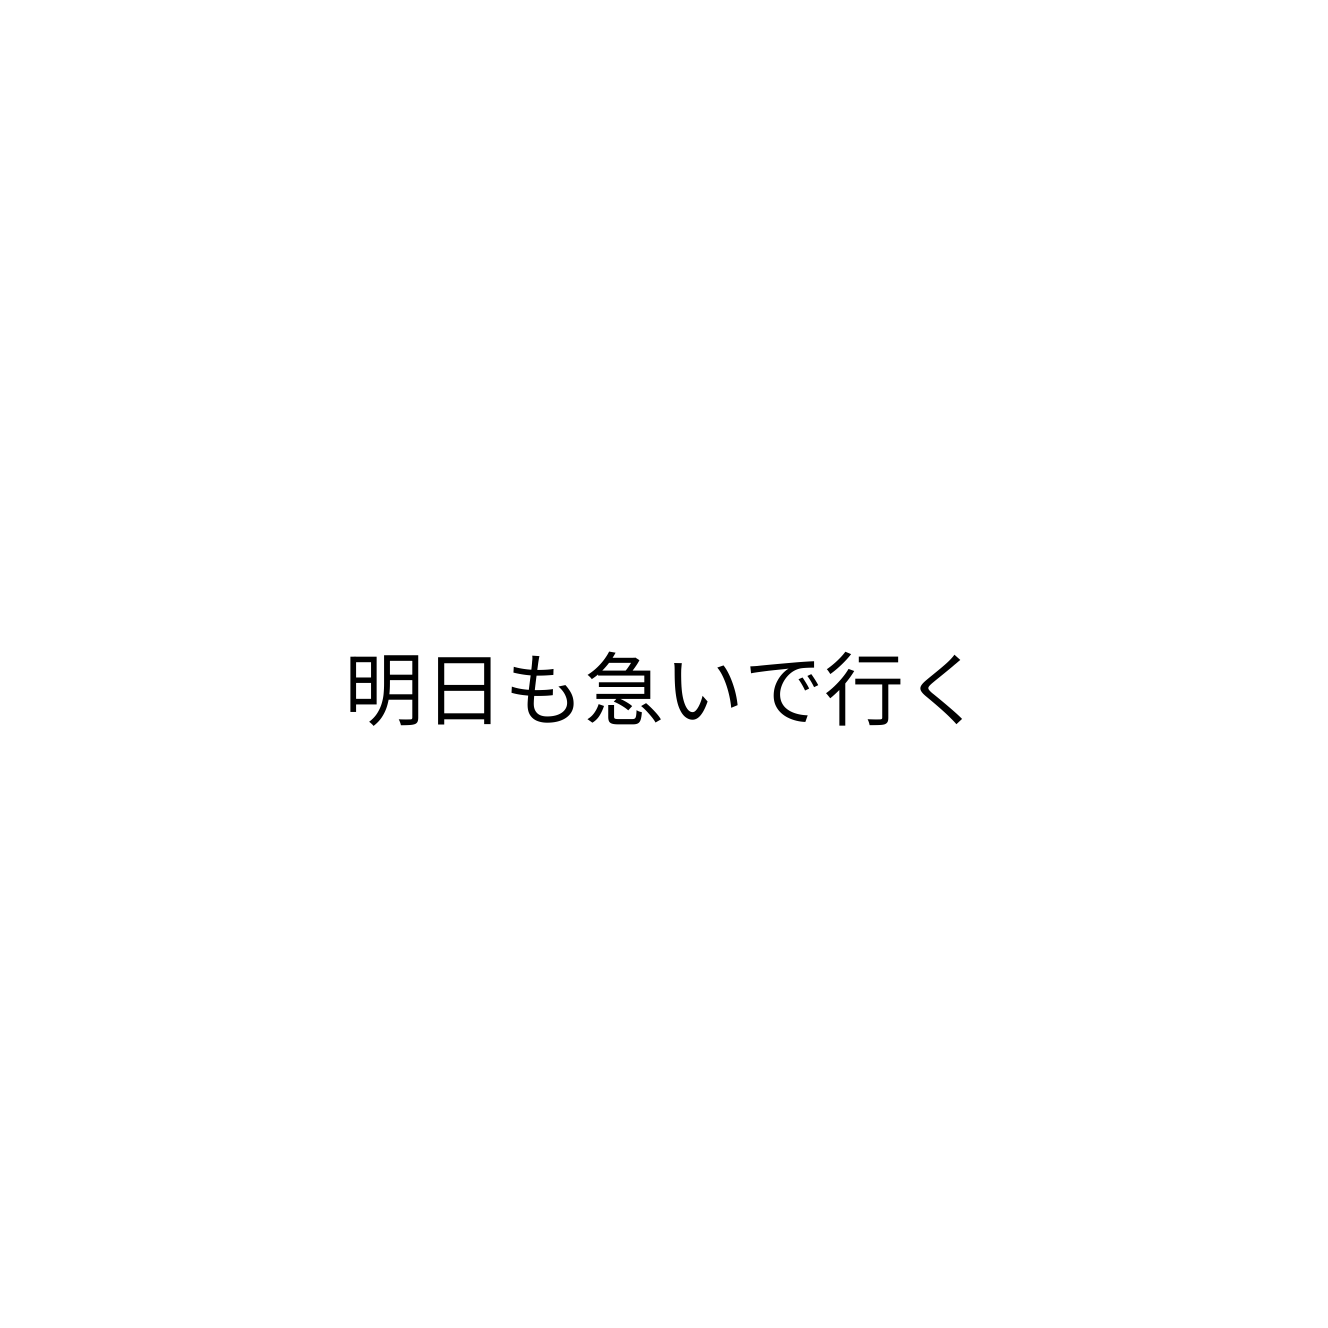
明日も急いで行く